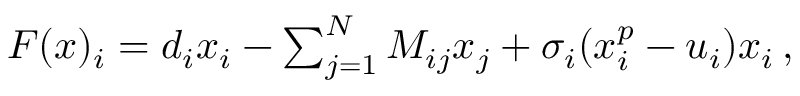
\begin{array} { r } { F ( { \boldsymbol x } ) _ { i } = d _ { i } x _ { i } - \sum _ { j = 1 } ^ { N } M _ { i j } x _ { j } + \sigma _ { i } ( x _ { i } ^ { p } - u _ { i } ) x _ { i } \, , } \end{array}